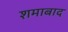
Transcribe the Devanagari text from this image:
शमाबाद